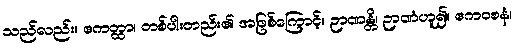
သည်လည်း။ ဧကတ္ထာ၊ တစ်ပါးတည်း၏ အဖြစ်ကြောင့်။ ဉာဏန္တိ၊ ဉာဏံဟူ၍။ ဧကဝစနံ၊